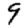
Digit: 9